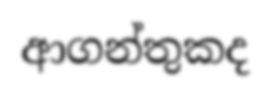
ආගන්තුකද